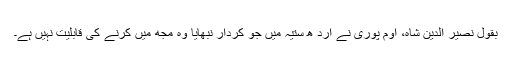
بقول نصیر الدین شاہ، اوم پوری نے ارد ھ ستیہ میں جو کردار نبھایا وہ مجھ میں کرنے کی قابلیت نہیں ہے۔